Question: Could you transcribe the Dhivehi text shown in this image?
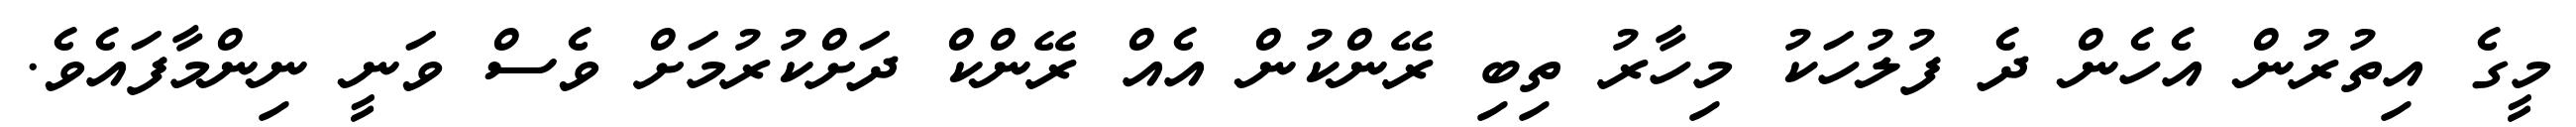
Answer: މީގެ އިތުރުން އެހެން ދެ ފުލުހަކު މިހާރު ތިބި ރޭންކުން އެއް ރޭންކް ދަށްކުރުމަށް ވެސް ވަނީ ނިންމާފައެވެ.